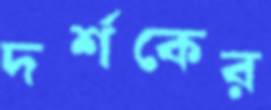
দর্শকের